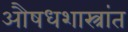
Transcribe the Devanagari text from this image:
औषधशास्त्रांत